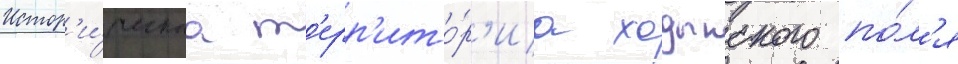
Истор'и́ческаа т'ерр'ито́р'иа ходынского по́л'я